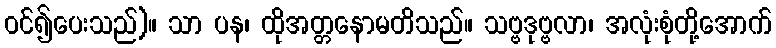
ဝင်၍ပေးသည်)။ သာ ပန၊ ထိုအတ္တနောမတိသည်။ သဗ္ဗဒုဗ္ဗလာ၊ အလုံးစုံတို့အောက်